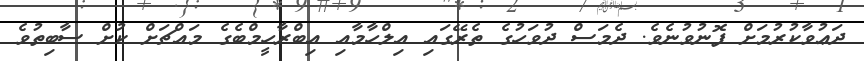
ދަޢުވާކުރުމަށް ފޮނުވުނެވެ. ދެމަސް ދުވަހުގެ ތެރޭގައި އިލްހާމާއި އިބްރާހީމްބެގެ މައްޗަށް ކުށް ސާބިތުވެ